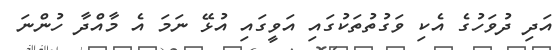
އަދި ދުވަހުގެ އެކި ވަގުތުތަކުގައި އަވީގައި އުޅޭ ނަމަ އެ މާއްދާ ހުންނަ